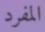
المفرد